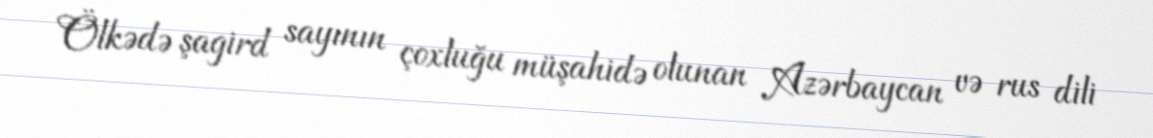
Ölkədə şagird sayının çoxluğu müşahidə olunan Azərbaycan və rus dili